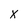
Character: X